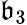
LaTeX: {\mathfrak{b}}_{3}